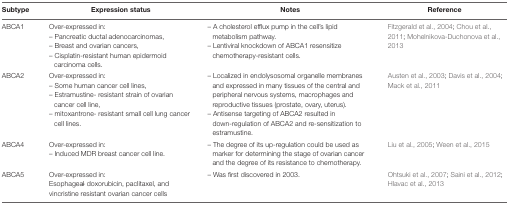
| Subtype | Expression status | Notes | Reference |
 | --- | --- | --- | --- |
 | ABCA1 | Over-expressed in:– Pancreatic ductal adenocarcinomas,– Breast and ovarian cancers,– Cisplatin-resistant human epidermoid carcinoma cells. | – A cholesterol efflux pump in the cell’s lipid metabolism pathway.– Lentiviral knockdown of ABCA1 resensitize chemotherapy-resistant cells. | Fitzgerald et al., 2004; Chou et al., 2011; Mohelnikova-Duchonova et al., 2013 |
 | ABCA2 | Over-expressed in:– Some human cancer cell lines,– Estramustine- resistant strain of ovarian cancer cell line,– mitoxantrone- resistant small cell lung cancer cell lines. | – Localized in endolysosomal organelle membranes and expressed in many tissues of the central and peripheral nervous systems, macrophages and reproductive tissues (prostate, ovary, uterus).– Antisense targeting of ABCA2 resulted in down-regulation of ABCA2 and re-sensitization to estramustine. | Austen et al., 2003; Davis et al., 2004; Mack et al., 2011 |
 | ABCA4 | Over-expressed in:– Induced MDR breast cancer cell line. | – The degree of its up-regulation could be used as marker for determining the stage of ovarian cancer and the degree of its resistance to chemotherapy. | Liu et al., 2005; Ween et al., 2015 |
 | ABCA5 | Over-expressed in:Esophageal – doxorubicin, paclitaxel, and vincristine resistant ovarian cancer cells | – Was first discovered in 2003. | Ohtsuki et al., 2007; Saini et al., 2012; Hlavac et al., 2013 |